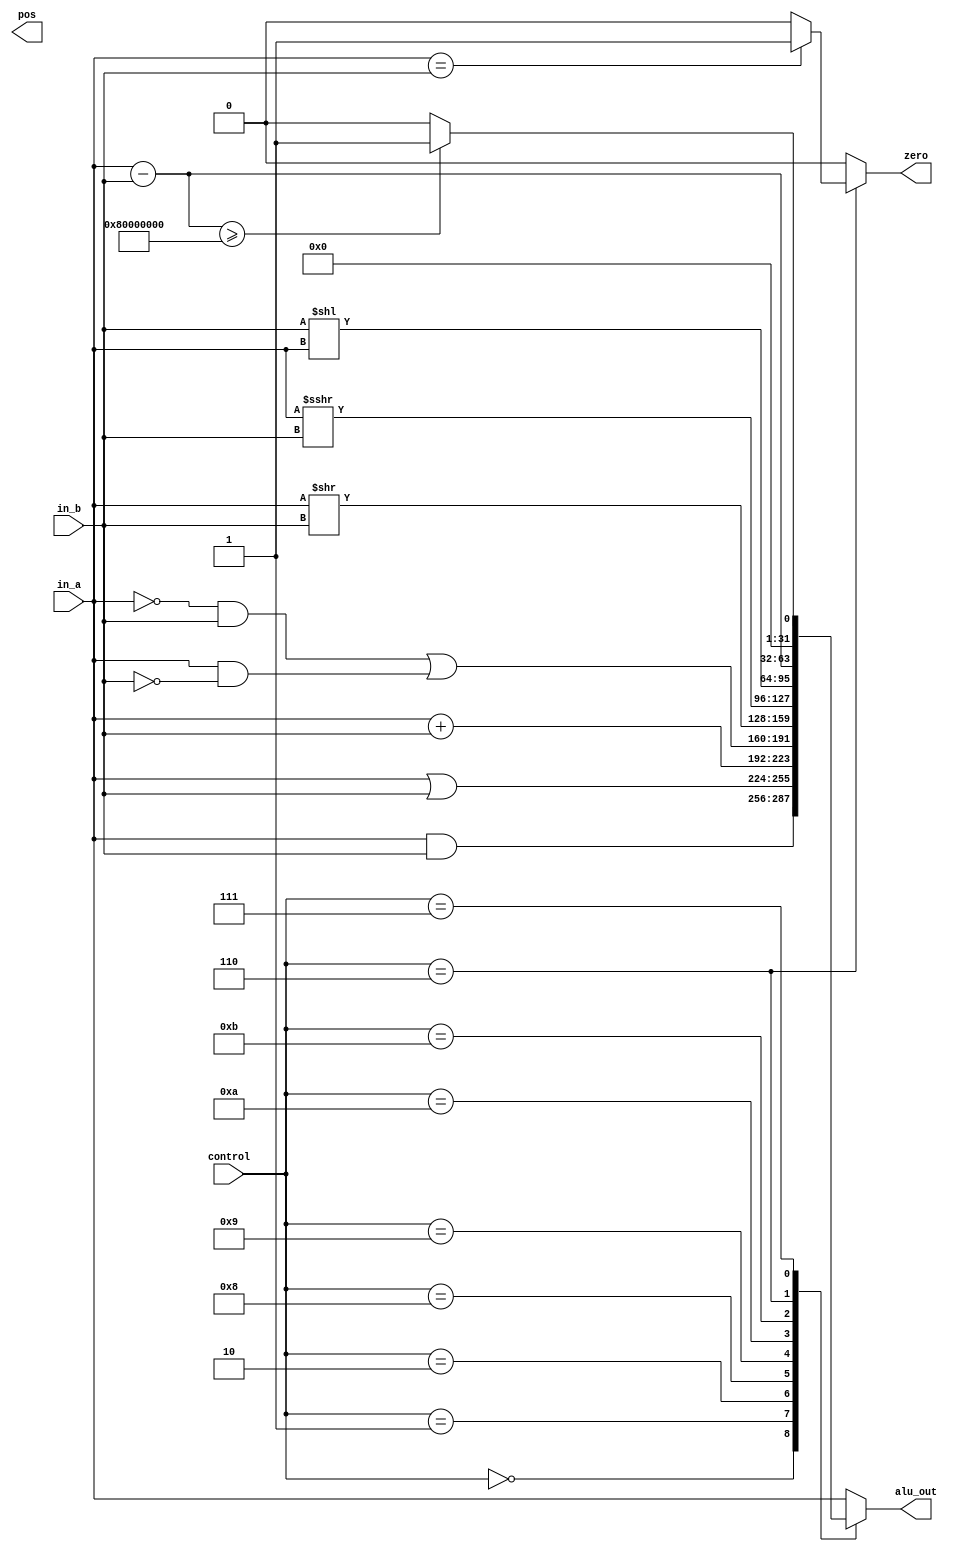
// 32-bit alu
// data input width: 2 32-bit
// data output width: 1 32-bit and one "zero" output
// control: 4-bit
// zero: output 1 if all bits of data output is 0
module alu (in_a, in_b, alu_out, zero, pos, control);
	input [31:0] in_a, in_b;
	output [31:0] alu_out;
	output zero,pos;
	reg zero,pos;
	reg [31:0] alu_out;
	input [3:0] control;
	always @ (control or in_a or in_b)
	begin
		case (control)
		4'b0000:begin zero<=0; alu_out<=in_a&in_b; end  //AND
		4'b0001:begin zero<=0; alu_out<=in_a|in_b; end  //OR
		4'b0010:begin zero<=0; alu_out<=in_a+in_b; end  //ADD
		4'b1000:begin zero<=0; alu_out<=(~in_a&in_b)|(in_a&~in_b);end //XOR
		4'b1001:begin zero<=0; alu_out<=in_a>>in_b;end  //srli
		4'b1010:begin zero<=0; alu_out<=in_a>>>in_b;end  //srai
		4'b1011:begin zero<=0; alu_out<=in_b<<in_a;end  //slli
		4'b0110:begin if(in_a==in_b) zero<=1; else zero<=0; alu_out<=in_a-in_b; end //beq
//		4'b1110:begin if(in_a!=in_b) zero<=0; else zero<=1; alu_out<=in_a-in_b; end //bne

		4'b0111:begin zero<=0; if(in_a-in_b>=32'h8000_0000) alu_out<=32'b1; else alu_out<=32'b0; end// how to implement signed number
		default: begin zero<=0; alu_out<=in_a; end  //default
		endcase
	end
endmodule